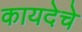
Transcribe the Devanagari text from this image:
कायदेचे